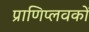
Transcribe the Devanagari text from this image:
प्राणिप्लवकों